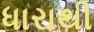
ધારાથી